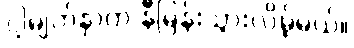
ငါ့မျက်နှာက နီမြန်းသွားလိမ့်မယ်။